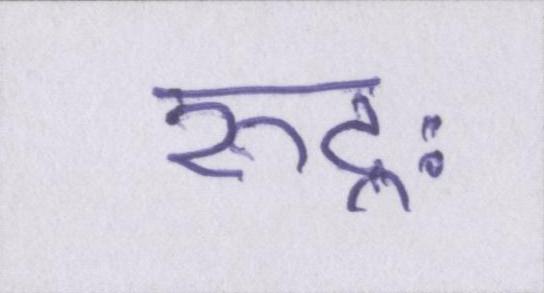
रुद्रः